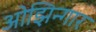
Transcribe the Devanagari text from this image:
ओझिन्गार